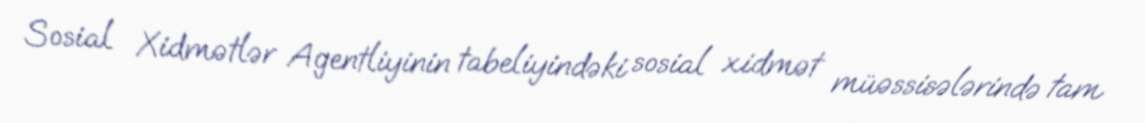
Sosial Xidmətlər Agentliyinin tabeliyindəki sosial xidmət müəssisələrində tam